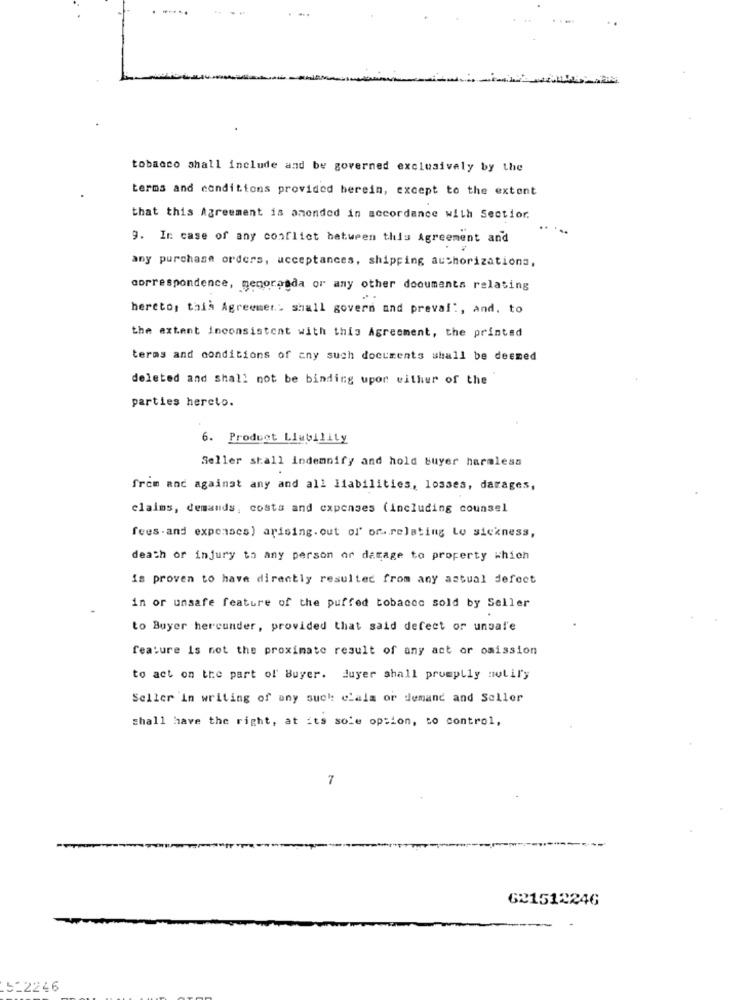
tobacco shall include and be governed exclusively by the
terms and conditions provided berein, except to the extent
that this Agreement is amended in accordance with Sectior.
9. In case of any conflict between this Agreement and
any purchase orders, acceptances, shipping authorizationa,
correspondence, menoranda or any other documents relating
hereto, this Agreement shall govern and preval !, and, to
the extent inconsistent with this Agreement, the printsd
terms and conditions of any such documents shall be deemed
deleted and shall not be binding upor withur of the
parties hereto.
6. Product Liability
Seller stall indemnify and hold buyer harmless
from and against any and all liabilities, losses, darages,
claims, demands, costs and expenses (including counsel
fees.and expenses) arising. out of' or. relating Lo sickness,
death or injury to any person or damage to property which
is proven to have directly resulted from any aatual defect
in or unsafe feature of the puffed tobacco sold by Seller
to Buyer hercunder, provided that said defect or unsale
feature is not the proximate result of any act or omission
to act on the part of Buyer. Buyer shall promptly motiry
Seller In writing of any such claim or demand and Seller
shall have the right, at its sole option, to control,
7
621512246
522246